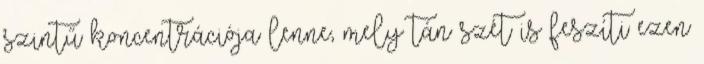
szintű koncentrációja lenne, mely tán szét is feszíti ezen